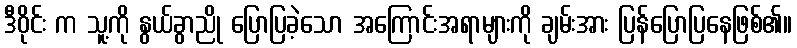
ဒီဝိုင်း က သူ့ကို နွယ်ခွာညို ပြောပြခဲ့သော အကြောင်းအရာများကို ချမ်းအား ပြန်ပြောပြနေဖြစ်၏။